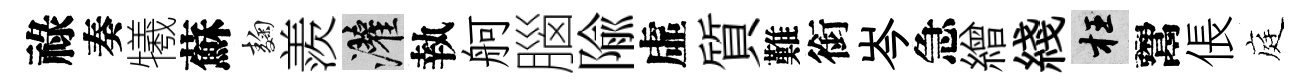
祿奏犧蘇麹羨灌執舸腦隃虛質難銜岑急繒綫枉鬻倀庭